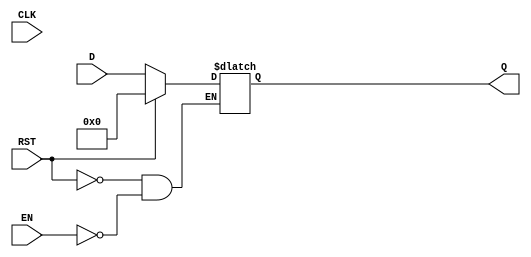
module StageRegister #(
    parameter WIDTH = 8  // Define the bit-width of the register (default is 8 bits)
) (
    input  wire [WIDTH-1:0] D,    // Data Input
    input  wire CLK,                // Clock Input
    input  wire RST,                // Asynchronous Reset
    input  wire EN,                 // Enable Signal
    output reg  [WIDTH-1:0] Q       // Data Output
);

    // Asynchronous Reset
    always @(*) begin
        if (RST) begin
            Q <= {WIDTH{1'b0}};  // Set output to zero on reset
        end else begin
            // On rising edge of clock, latch data if enabled
            if (EN) begin
                Q <= D;          // Latch data input to output
            end
            // If not enabled, retain the previous value of Q
        end
    end

endmodule